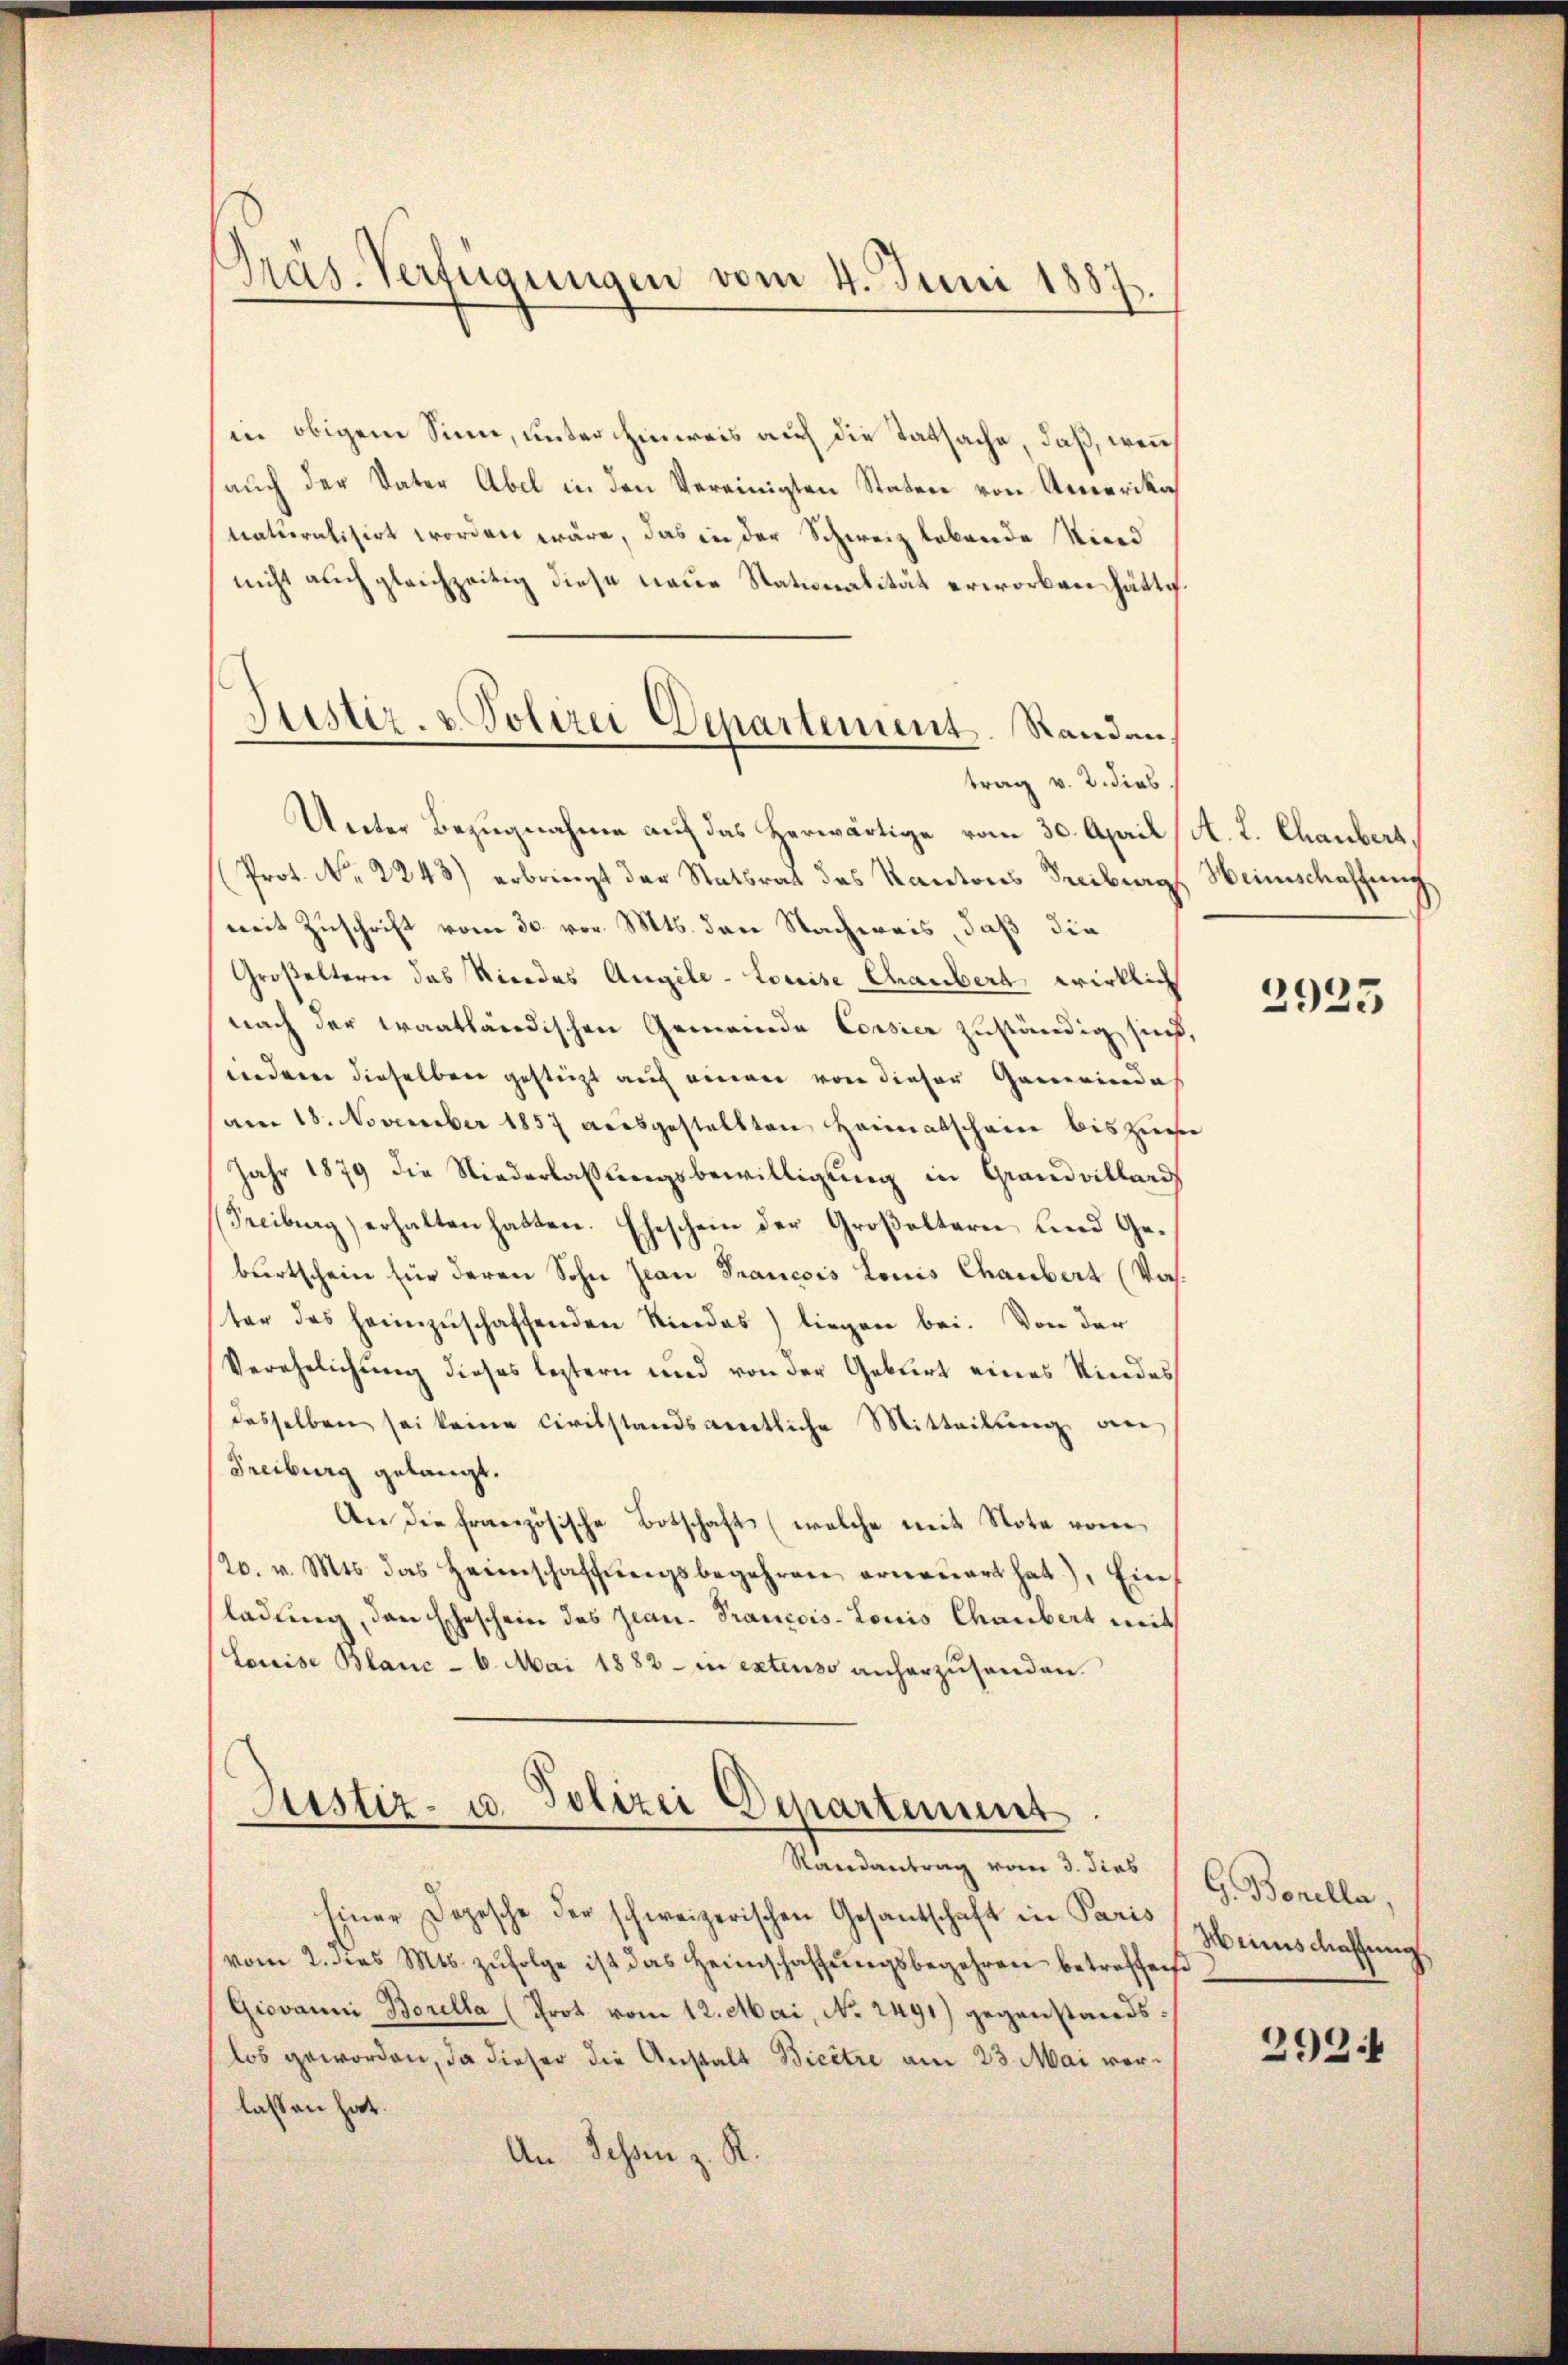
Gras. Verfügungen vom 4. Juni 1887.

Justiz- & Polizei Departement. Stand an
trag v. 2. dies

in obigem Sinn, unter hinweis auf die Tatsache, daß, wenn
aŭch der Vater Abel in den Vereinigten Staten von Amerika
naturalisirt worden wäre, das in der Schweiz lebende Nied
nicht auch gleichzeitig diese neue Stationalität erworben hätte.
Unter Bezugnahme auf das Herwärtige vom 30. April
(Prot. No 2243) erbringt der Statsrat des Kantons Freiburg
mit Zuschrift vom 30. vor. Mts. den Nachweis, daß die
Großeltern das Niedes Angele-Louise Chaubert, wirklich
nach der Fraatländischen Gemeinde Corsier zuständig sind
anderen dieselben gestützt auch einen von dieser Gemeinde
am 18. November 1857 aŭsgestellten Heimatschain bis zur
Jahr 1879 die Niederlassŭngsbewilligung in Grandvillard
Freiburg) erhalten hatten. Eheschein der Großeltern und Geburtschein für deren Sohn Jean Prancois Louis Chaubert (Vas.
ter das heimzuschaffenden Niedes) liegen bei. Von der
Verehelichung dieses leztern und von der Geburt eines Kindes
desselben sei keine Civilstandsamtliche Mitteilung an
Freiburg gelangt.
An die französische Botschaft (welche mit Note vom
/20. v. Mts. das Heimschaffŭngsbegehren erneŭert hat), Ein
ladung, den Eheschein des Jean Prancois-Louis Chaubert mit
Louise Blanc - 6. Mai 1882 - in extenso anherzusenden.

Justiz- u. Polizei Departement
Randantrag vom 3. dies

Einer Dopesche der schweizerischen Gesantschaft in Paris
vom 2. des Mts. zŭfolge ist das Heimschaffŭngsbegehren betreffend
Giovanni Borella (Prot vom 12. Mai, No 2491) gegenstandslos geworden, da dieser die Anstalt Bicêtre am 23. Mai vorlassen hat.
An Tessin z. R.

A. L. Chaubert.
Heimschaffung

2925

G. Bonella,
Meinschaffung
292.